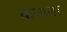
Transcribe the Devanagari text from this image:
कनाना